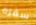
سفره